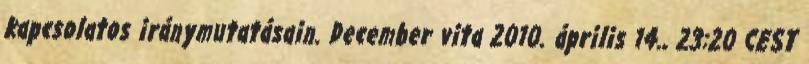
kapcsolatos iránymutatásain. December vita 2010. április 14., 23:20 CEST